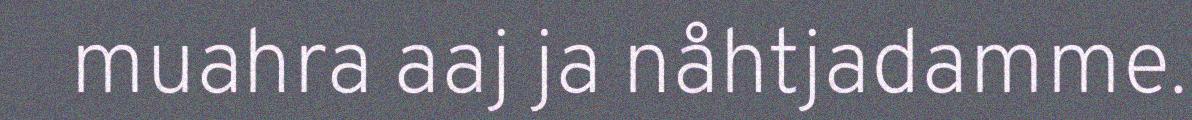
muahra aaj ja nåhtjadamme.